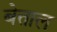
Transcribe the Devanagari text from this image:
बेत्ताल